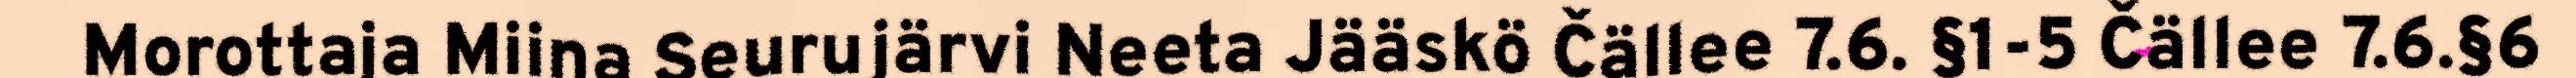
Morottaja Miina Seurujärvi Neeta Jääskö Čällee 7.6. §1-5 Čällee 7.6.§6